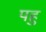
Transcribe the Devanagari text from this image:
पहु